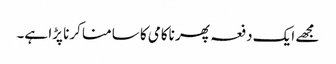
مجھے ایک دفعہ پھر ناکامی کا سامنا کرنا پڑا ہے۔